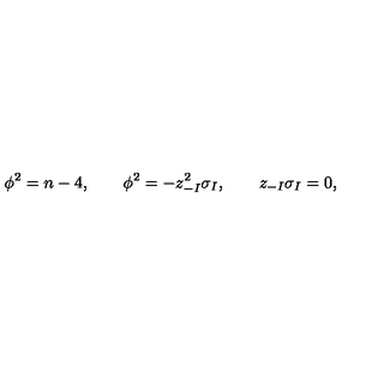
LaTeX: \phi ^ { 2 } = n - 4 , \qquad \phi ^ { 2 } = - z _ { - I } ^ { 2 } \sigma _ { I } , \qquad z _ { - I } \sigma _ { I } = 0 ,